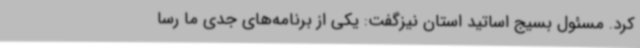
کرد. مسئول بسیج اساتید استان نیزگفت: یکی از برنامه‌های جدی ما رسا